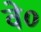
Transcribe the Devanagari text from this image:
वे०